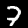
Label: 7